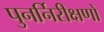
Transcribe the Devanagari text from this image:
पुनर्निरीक्षणों